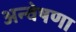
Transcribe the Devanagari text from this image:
अन्वेषणा